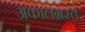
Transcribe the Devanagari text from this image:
अकालग्रस्त